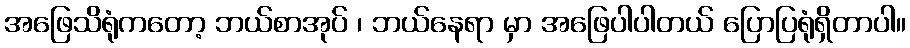
အဖြေသိရုံကတော့ ဘယ်စာအုပ် ၊ ဘယ်နေရာ မှာ အဖြေပါပါတယ် ပြောပြရုံရှိတာပါ။